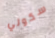
سكولي